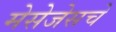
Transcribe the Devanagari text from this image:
मेसेजेसचे